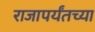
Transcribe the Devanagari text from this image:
राजापर्यंतच्या